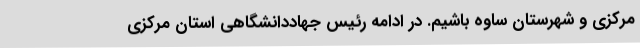
مرکزی و شهرستان ساوه باشیم. در ادامه رئیس جهاددانشگاهی استان مرکزی